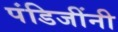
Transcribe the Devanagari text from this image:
पंडिजींनी